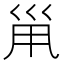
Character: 𡿳